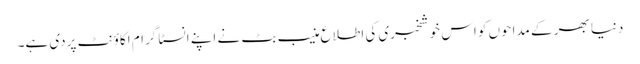
دنیا بھر کے مداحوں کو اس خوشخبری کی اطلاع منیب بٹ نے اپنے انسٹا گرام اکاؤنٹ پردی ہے۔